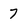
Character: 7